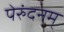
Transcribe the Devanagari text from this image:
पेरुंदनम्